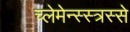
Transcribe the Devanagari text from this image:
च्लेमेन्स्स्त्रस्से